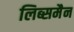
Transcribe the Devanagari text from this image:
लिब्समैन